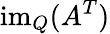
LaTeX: \operatorname{im}_{Q}(A^{T})